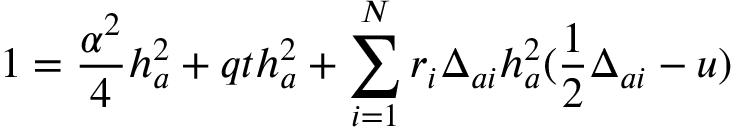
1 = { \frac { \alpha ^ { 2 } } { 4 } } h _ { a } ^ { 2 } + q t h _ { a } ^ { 2 } + \sum _ { i = 1 } ^ { N } r _ { i } \Delta _ { a i } h _ { a } ^ { 2 } ( { \frac { 1 } { 2 } } \Delta _ { a i } - u )